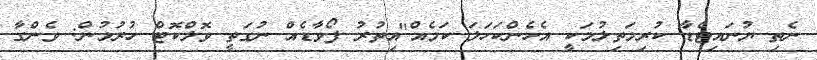
ނެތި ޔުނައިޓެޑާ ކުރިމަތިލުމަކީ އެހެންކަހަލަ ކަމެއް"އިތުރު ފޯވާޑެއް ނުގަތީ ވޮލްކޮޓް ހުރުމުން: ވެންގާ